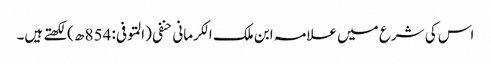
اس کی شرع میں علامہ ابن ملک الکرمانی حنفی (المتوفی: 854 ھ)لکھتے ہیں۔